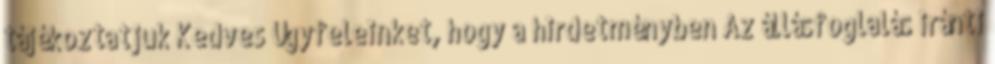
tájékoztatjuk Kedves Ügyfeleinket, hogy a hirdetményben Az állásfoglalás iránti